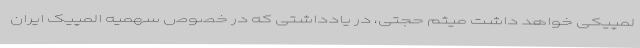
لمپیکی خواهد داشت میثم حجتی، در یادداشتی که در خصوص سهمیه المپیک ایران